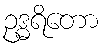
ဥဒ္ဓရိတော